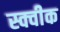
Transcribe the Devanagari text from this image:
स्क्वीक